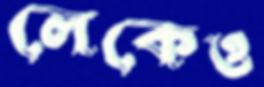
লেকেও